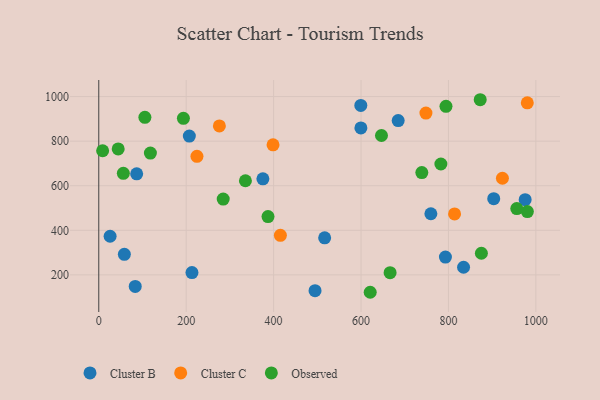
{"axis": {"x": "Engine Size", "y": "Yield"}, "legend": ["Cluster B", "Cluster C", "Observed"], "data": [{"x": "213.2", "y": 210.5, "type": "Cluster B"}, {"x": "86.7", "y": 653.3, "type": "Cluster B"}, {"x": "25.9", "y": 373.3, "type": "Cluster B"}, {"x": "375.5", "y": 631.2, "type": "Cluster B"}, {"x": "599.7", "y": 859.6, "type": "Cluster B"}, {"x": "759.8", "y": 474.4, "type": "Cluster B"}, {"x": "685.0", "y": 892.3, "type": "Cluster B"}, {"x": "975.5", "y": 537.4, "type": "Cluster B"}, {"x": "494.8", "y": 129.3, "type": "Cluster B"}, {"x": "903.6", "y": 541.9, "type": "Cluster B"}, {"x": "58.5", "y": 292.1, "type": "Cluster B"}, {"x": "599.5", "y": 960.2, "type": "Cluster B"}, {"x": "516.8", "y": 366.2, "type": "Cluster B"}, {"x": "83.4", "y": 148.2, "type": "Cluster B"}, {"x": "207.2", "y": 823.1, "type": "Cluster B"}, {"x": "834.6", "y": 234.2, "type": "Cluster B"}, {"x": "793.1", "y": 279.9, "type": "Cluster B"}, {"x": "923.5", "y": 633.6, "type": "Cluster C"}, {"x": "415.5", "y": 377.5, "type": "Cluster C"}, {"x": "398.7", "y": 783.5, "type": "Cluster C"}, {"x": "275.9", "y": 868.5, "type": "Cluster C"}, {"x": "814.0", "y": 473.5, "type": "Cluster C"}, {"x": "980.4", "y": 972.3, "type": "Cluster C"}, {"x": "224.6", "y": 732.2, "type": "Cluster C"}, {"x": "748.5", "y": 926.0, "type": "Cluster C"}, {"x": "794.4", "y": 956.4, "type": "Observed"}, {"x": "44.4", "y": 765.1, "type": "Observed"}, {"x": "335.5", "y": 622.5, "type": "Observed"}, {"x": "646.8", "y": 825.5, "type": "Observed"}, {"x": "739.1", "y": 659.3, "type": "Observed"}, {"x": "980.6", "y": 484.0, "type": "Observed"}, {"x": "956.4", "y": 497.4, "type": "Observed"}, {"x": "8.8", "y": 757.0, "type": "Observed"}, {"x": "875.4", "y": 297.0, "type": "Observed"}, {"x": "284.7", "y": 540.2, "type": "Observed"}, {"x": "387.2", "y": 461.9, "type": "Observed"}, {"x": "666.5", "y": 210.1, "type": "Observed"}, {"x": "872.7", "y": 986.0, "type": "Observed"}, {"x": "118.1", "y": 746.6, "type": "Observed"}, {"x": "193.6", "y": 902.5, "type": "Observed"}, {"x": "782.7", "y": 697.6, "type": "Observed"}, {"x": "621.0", "y": 122.0, "type": "Observed"}, {"x": "56.2", "y": 655.9, "type": "Observed"}, {"x": "105.5", "y": 906.9, "type": "Observed"}]}